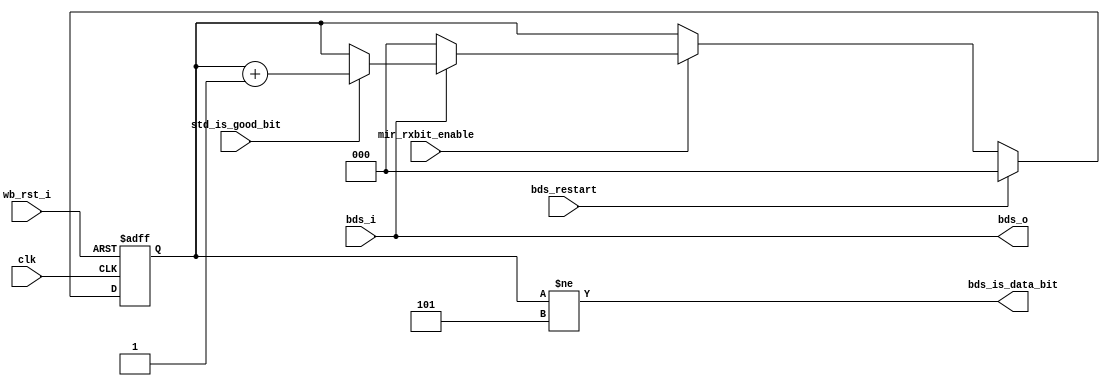
module irda_mir_bit_destuffer (clk, wb_rst_i, bds_i, bds_restart, mir_rxbit_enable, std_is_good_bit,
		bds_is_data_bit, bds_o);
	
input			clk;
input			wb_rst_i;
input			bds_i;			// the input bit from ST detector
input			bds_restart;	// restart signal for bds logic
input			mir_rxbit_enable;
input			std_is_good_bit; // is the bit on bds_i a new data bit?

output		bds_is_data_bit; // is the bit on bds_o is the new data bit
output		bds_o;				// destuffeed output

reg	[2:0]	ones_counter;

always @(posedge clk or posedge wb_rst_i)
begin
	if (wb_rst_i)
		ones_counter <= #1 0;
	else
	if (bds_restart)
		ones_counter <= #1 0;
	else if (mir_rxbit_enable) begin
		if (! bds_i)
			ones_counter <= #1 0;
		else
		if (std_is_good_bit)
			ones_counter <= #1 ones_counter + 1;
	end
end

// bds_is_data_bit output
assign bds_is_data_bit = (ones_counter != 5);

// module output is passed without additional logic from the input
// the the level should check bds_is_data_bit for masking
assign bds_o = bds_i;

endmodule